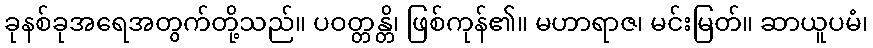
ခုနစ်ခုအရေအတွက်တို့သည်။ ပဝတ္တန္တိ၊ ဖြစ်ကုန်၏။ မဟာရာဇ၊ မင်းမြတ်။ ဆာယူပမံ၊